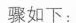
骤如下：